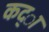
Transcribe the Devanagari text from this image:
कद्ा